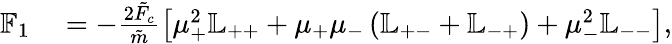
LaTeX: \begin{array}{rl}{\mathbb{F}_{1}}&{{}=-\frac{2\tilde{F}_{c}}{\tilde{m}}\left[\mu_{+}^{2}\mathbb{L}_{++}+\mu_{+}\mu_{-}\left(\mathbb{L}_{+-}+\mathbb{L}_{-+}\right)+\mu_{-}^{2}\mathbb{L}_{--}\right],}\end{array}